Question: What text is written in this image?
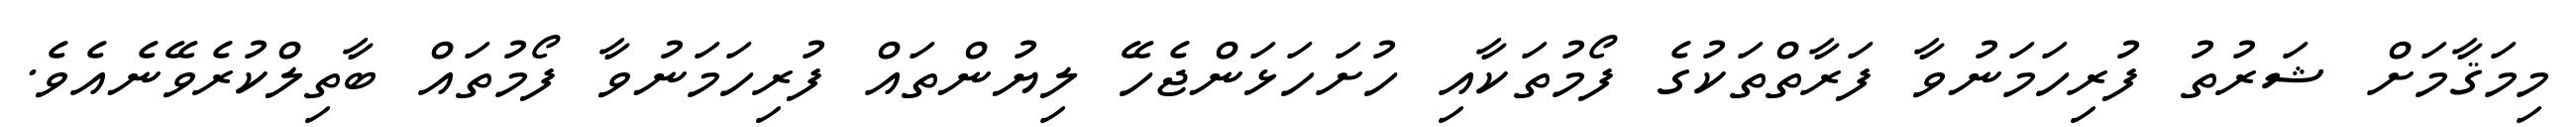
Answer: މިމަޤާމަށް ޝަރުތު ފުރިހަމަނުވާ ފަރާތްތަކުގެ ފޯމުތަކާއި ހުށަހަޅަންޖެހޭ ލިޔުންތައް ފުރިހަމަނުވާ ފޯމުތައް ބާތިލްކުރެވޭނެއެވެ.